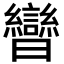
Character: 曫